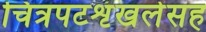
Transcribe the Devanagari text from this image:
चित्रपटशृंखलेसह